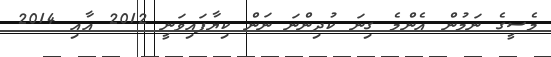
މެސީގެ ނަމުން އެންމެ ގިނަ ކުދިންނަ ނަން ކިޔާފައިވަނީ 2012 އާއި 2014